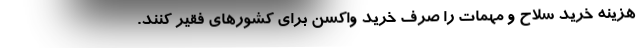
هزینه خرید سلاح و مهمات را صرف خرید واکسن برای کشورهای فقیر کنند.